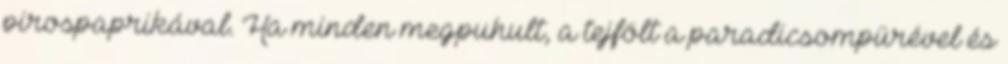
pirospaprikával. Ha minden megpuhult, a tejfölt a paradicsompürével és